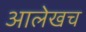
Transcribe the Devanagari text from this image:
आलेखच